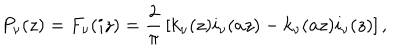
P _ { \nu } ( z ) = F _ { \nu } ( i z ) = { \frac { 2 } { \pi } } \left[ k _ { \nu } ( z ) i _ { \nu } ( a z ) - k _ { \nu } ( a z ) i _ { \nu } ( z ) \right] ,